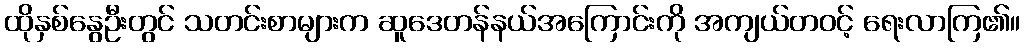
ထိုနှစ်နွေဦးတွင် သတင်းစာများက ဆူဒေတန်နယ်အကြောင်းကို အကျယ်တဝင့် ရေးလာကြ၏။